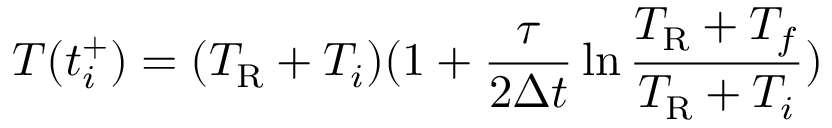
T ( t _ { i } ^ { + } ) = ( T _ { \mathrm { R } } + T _ { i } ) ( 1 + \frac { \tau } { 2 \Delta t } \ln \frac { T _ { \mathrm { R } } + T _ { f } } { T _ { \mathrm { R } } + T _ { i } } )